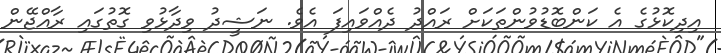
އިދިކޮޅުގެ އެ ކަންބޮޑުވުންތަކަށް ރައްދު ދެއްވައިފަ އެވެ. ނަޝީދު ވިދާޅުވި ގޮތުގައި ރާއްޖޭން